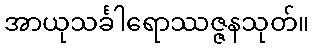
အာယုသင်္ခါရောဿဇ္ဇနသုတ်။